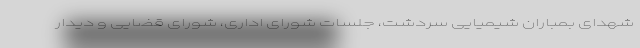
شهدای بمباران شیمیایی سردشت، جلسات شورای اداری، شورای قضایی و دیدار